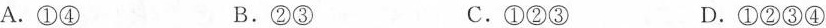
A.①④ B.②③ C.①②③ D.①②③④